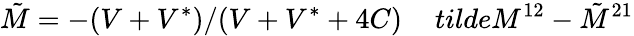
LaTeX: \tilde{M}=-(V+V^{*})/(V+V^{*}+4C)\ \ \ \ \, tilde{M}^{12}-\tilde{M}^{21}